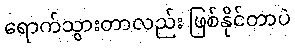
ရောက်သွားတာလည်း ဖြစ်နိုင်တာပဲ